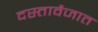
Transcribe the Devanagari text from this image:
दस्तावैजात